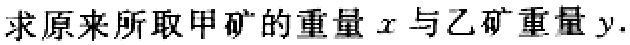
求原来所取甲矿的重量\(x\)与乙矿重量\(y\).